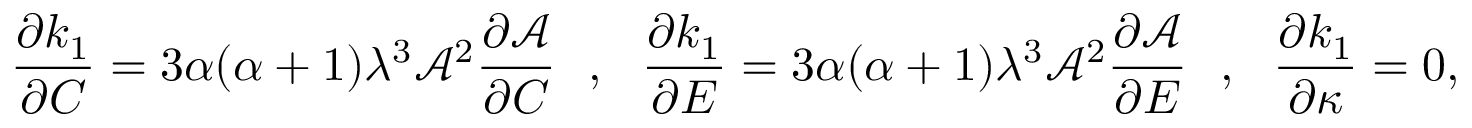
\frac { \partial k _ { 1 } } { \partial C } = 3 \alpha ( \alpha + 1 ) \lambda ^ { 3 } \mathcal { A } ^ { 2 } \frac { \partial \mathcal { A } } { \partial C } ~ ~ , ~ ~ \frac { \partial k _ { 1 } } { \partial E } = 3 \alpha ( \alpha + 1 ) \lambda ^ { 3 } \mathcal { A } ^ { 2 } \frac { \partial \mathcal { A } } { \partial E } ~ ~ , ~ ~ \frac { \partial k _ { 1 } } { \partial \kappa } = 0 ,